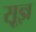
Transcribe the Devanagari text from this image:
सू़ज्ञ